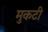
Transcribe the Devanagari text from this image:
मुकटी